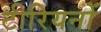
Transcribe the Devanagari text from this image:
टीरियनों